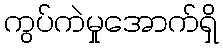
ကွပ်ကဲမှုအောက်ရှိ